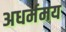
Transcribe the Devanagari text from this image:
अधर्ममय